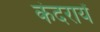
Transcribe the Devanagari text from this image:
कंदरायें